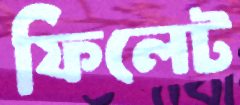
ফিলেট